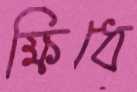
ক্ষিধে